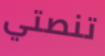
تنصتي